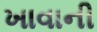
ખાવાની